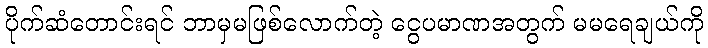
ပိုက်ဆံတောင်းရင် ဘာမှမဖြစ်လောက်တဲ့ ငွေပမာဏအတွက် မမရေချယ်ကို